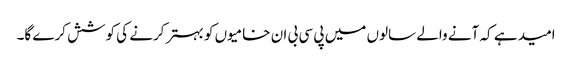
امید ہے کہ آنے والے سالوں میں پی سی بی ان خامیوں کو بہتر کرنے کی کوشش کرے گا۔